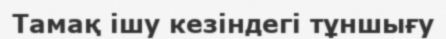
Тамақ ішу кезіндегі тұншығу